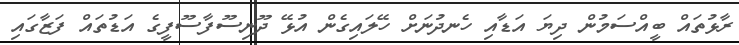
ރާޅުތައް ބީއްސަމުން ދިޔަ އަޑާއި ހެނދުނަށް ހޭލައިގެން އުޅޭ ދޫނިސޫފާސޫފީގެ އަޑުތައް ފަޒާގައި